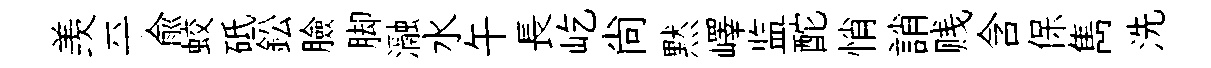
羡平兪蛟砥鈆臉脚瀜水午長屹尚黙嶧监酡悄誚贱含保雋洗